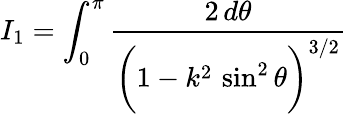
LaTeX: I_{1}=\int_{0}^{\pi}\frac{2\, d\theta}{\bigg(1-k^{2}\, \sin^{2}\theta\bigg)^{3/2}}